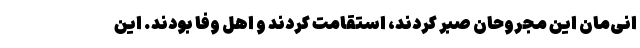
انی‌مان این مجروحان صبر کردند، استقامت کردند و اهل وفا بودند. این